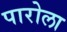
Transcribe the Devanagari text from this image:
पारोला